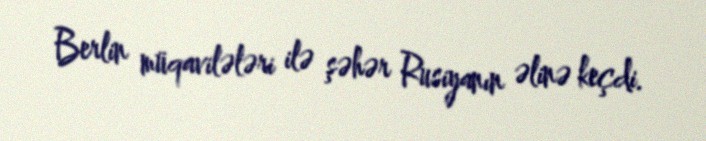
Berlin müqavilələri ilə şəhər Rusiyanın əlinə keçdi.